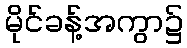
မိုင်ခန့်အကွာ၌